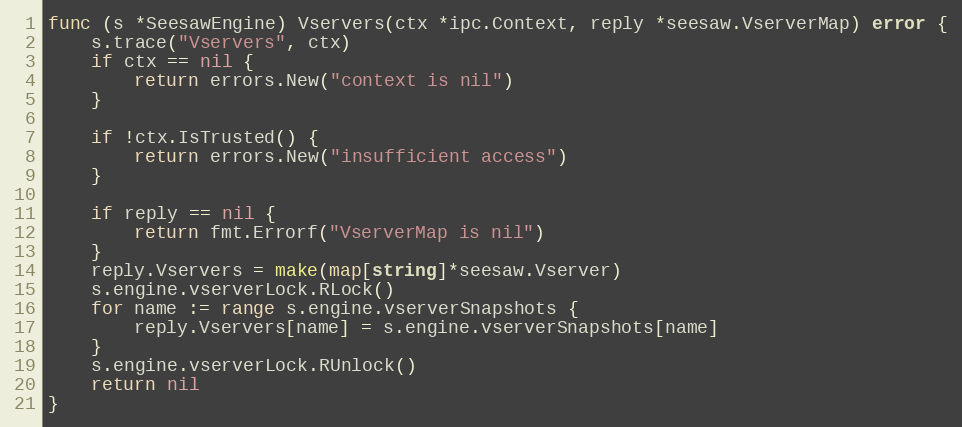
Language: Go
func (s *SeesawEngine) Vservers(ctx *ipc.Context, reply *seesaw.VserverMap) error {
	s.trace("Vservers", ctx)
	if ctx == nil {
		return errors.New("context is nil")
	}

	if !ctx.IsTrusted() {
		return errors.New("insufficient access")
	}

	if reply == nil {
		return fmt.Errorf("VserverMap is nil")
	}
	reply.Vservers = make(map[string]*seesaw.Vserver)
	s.engine.vserverLock.RLock()
	for name := range s.engine.vserverSnapshots {
		reply.Vservers[name] = s.engine.vserverSnapshots[name]
	}
	s.engine.vserverLock.RUnlock()
	return nil
}